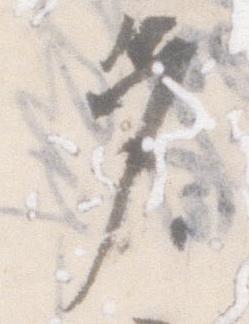
多